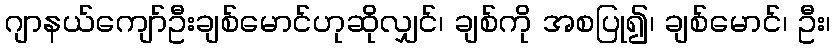
ဂျာနယ်ကျော်ဦးချစ်မောင်ဟုဆိုလျှင်၊ ချစ်ကို အစပြု၍၊ ချစ်မောင်၊ ဦး၊